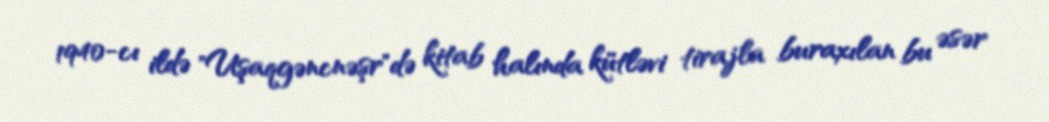
1940-cı ildə "Uşaqgəncnəşr"də kitab halında kütləvi tirajla buraxılan bu əsər